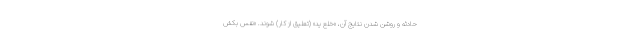
حادثه و روشن شدن نتایج آن، «خلع ید» (تعلیق از کار) شوند. «نفس بکش